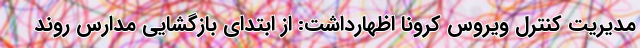
مدیریت کنترل ویروس کرونا اظهارداشت: از ابتدای بازگشایی مدارس روند